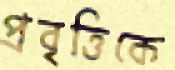
প্রবৃত্তিকে